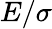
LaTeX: E/\sigma